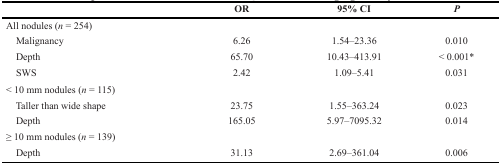
<table><thead><tr><td></td><td><b>OR</b></td><td><b>95% CI</b></td><td><b><i>P</i></b></td></tr></thead><tbody><tr><td>All nodules (<i>n</i> = 254)</td><td></td><td></td><td></td></tr><tr><td> Malignancy</td><td>6.26</td><td>1.54–23.36</td><td>0.010</td></tr><tr><td> Depth</td><td>65.70</td><td>10.43–413.91</td><td>&lt; 0.001*</td></tr><tr><td> SWS</td><td>2.42</td><td>1.09–5.41</td><td>0.031</td></tr><tr><td> &lt; 10 mm nodules (<i>n</i> = 115)</td><td></td><td></td><td></td></tr><tr><td> Taller than wide shape</td><td>23.75</td><td>1.55–363.24</td><td>0.023</td></tr><tr><td> Depth</td><td>165.05</td><td>5.97–7095.32</td><td>0.014</td></tr><tr><td> ≥ 10 mm nodules (<i>n</i> = 139)</td><td></td><td></td><td></td></tr><tr><td> Depth</td><td>31.13</td><td>2.69–361.04</td><td>0.006</td></tr></tbody></table>